Report of the Municipal Commissioner on the plague in Bombay for the year ending 31st May... - Volume 2
Disease focus: Plague
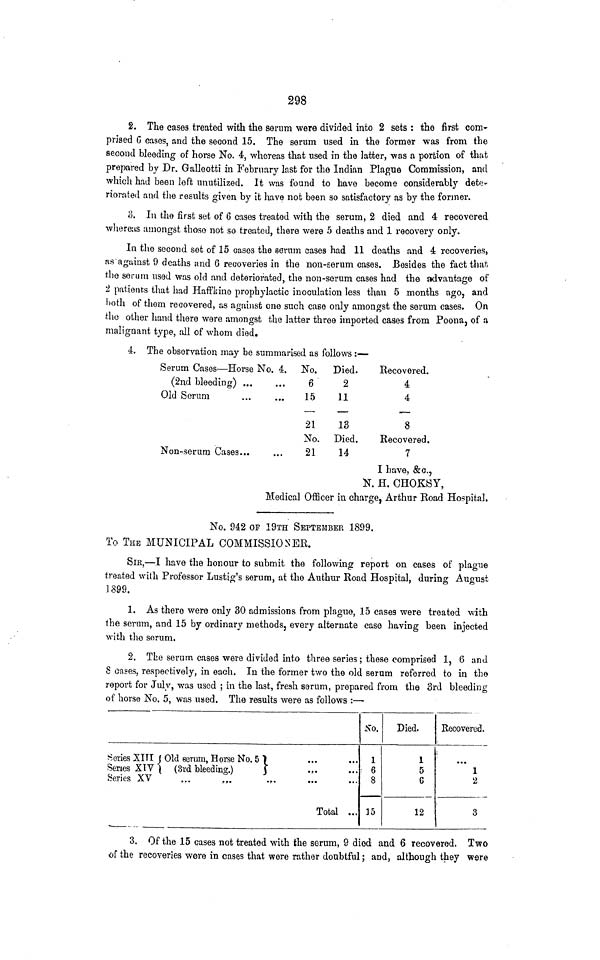
298
2. The cases treated with the serum were divided into 2 sets : the first com-
prised C cases, and the second 15. The serum used in the former was from the
second bleeding of horse No. 4, whereas that used in the latter, was a portion of that
prepared by Dr. Galleotti in February last for the Indian Plague Commission, and
which had been left unutilized. It was found to have become considerably dete-
riorated and the results given by it have not been so satisfactory as by the former.
fj. In the first set of 6 cases treated with the serum, 2 died and 4 recovered
whereas amongst thoso not so treated, there were 5 deaths and 1 recovery only.
In the second set of 15 cases the serum cases had 11 deaths and 4 recoveries,
as against 9 deaths and 6 recoveries in the non-serum cases. Besides the fact that
the serum used was old and deteriorated, the non-serum cases had the advantage of
'2 patients that had Haffkine prophylactic inoculation less than 5 months ago, and
both of thorn recovered, as against one such case only amongst the serum cases. On
the other hand there were amongst the latter three imported cases from Poona, of a
malignant type, all of whom died.
4. The observation may be summarised as follows :—
Serum Cases — Horse No. 4.
(2nd bleeding) ...
Old Serum
Non-serum Cases...
No.
6
15
—
21
No.
21
Died.
2
11
— 13
Died.
14
Recovered.
4
4
, —
8
Recovered.
7
I have, &c.,
K. H. CHOKSY,
Medical Officer in charge, Arthur Boad Hospital.
No. 942 OF 19TH SEPTEMBER 1899.
To THE MUNICIPAL COMMISSIONER.
SIR,—I have the honour to submit the following report on cases of plague
treated with Professor Lustig's serum, at the Authur Road Hospital, during August
1399.
1. As there were only 30 admissions from plague, 15 cases were treated with
the serum, and 15 by ordinary methods, every alternate case having been injected
with the serum.
2. The serum cases were divided into three series; these comprised 1, 6 and
8 cases, respectively, in each. In the former two the old serum referred to in the
report for July, was used ; in the last, fresh serum, prepared from the 3rd bleeding
of horse No. 5, was used. The results were as follows :—
Series XITI j Old serum, Horse No. 5 "1
Series XIV \ (3rd bleeding.)
J
Series XV
...
.,.
Total ...
No.
1
6
8
15
Died.
1
5
6
12
Recovered.
1
2
3
3. Of the 15 cases not treated with the serum, 9 died and 6 recovered. Two
of the recoveries were in cases that were rather doubtful; and, although they were